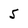
Character: 5